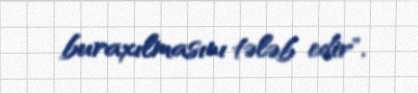
buraxılmasını tələb edir".